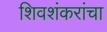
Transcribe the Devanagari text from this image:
शिवशंकरांचा